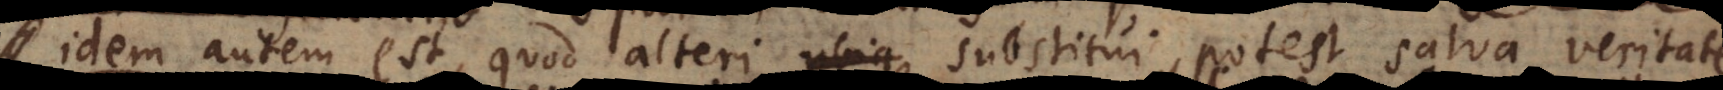
utem autem est, quod alteri ubique substitui potest salva veritat